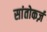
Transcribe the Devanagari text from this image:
सांतोकर्ज़